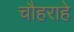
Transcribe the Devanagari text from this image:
चौहराहे